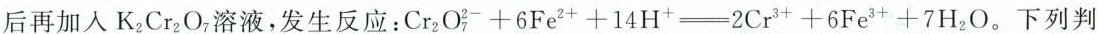
后再加入K_{2}Cr_{2}O_{7}溶液，发生反应：$$Cr_{2}O_{7}^{2+}+6Fe{2+}+14H{+}=2Cr^{3+}+6Fe^{3+}+7H_{2}O。下列判